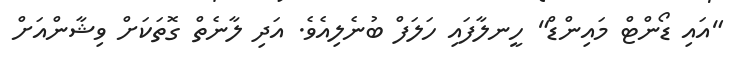
"އައި ޑޯންޓް މައިންޑް" ހީނލާފައި ހަލަފް ބުނެލިއެވެ. އަދި ލާނެތް ގޮތަކަށް ވިޝާންއަށް